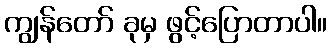
ကျွန်တော် ခုမှ ဖွင့်ပြောတာပါ။